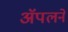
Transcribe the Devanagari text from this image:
ॲपलने